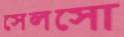
সেলসো